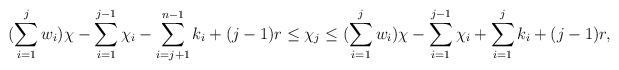
\begin{align*}(\sum\limits_{i =1}^{j} w_i) \chi - \sum\limits_{i=1}^{j-1} \chi_i -\sum\limits_{i = j+1}^{n-1} k_i + (j-1)r \leq \chi_j \leq (\sum\limits_{i =1}^{j} w_i) \chi - \sum\limits_{i=1}^{j-1} \chi_i + \sum\limits_{i=1}^{j} k_i + (j-1)r,\end{align*}